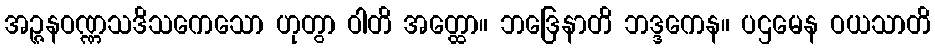
အဉ္ဇနဝဏ္ဏသဒိသကေသော ဟုတွာ ဝါတိ အတ္ထော။ ဘဒြေနာတိ ဘဒ္ဒကေန။ ပဌမေန ဝယသာတိ